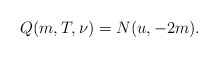
\begin{align*} Q(m, T,\nu)=N(u, -2m). \end{align*}